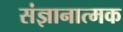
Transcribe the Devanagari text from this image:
संज्ञानात्‍मक